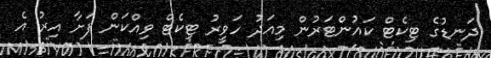
ދަނޑުގެ ޓިކެޓް ކައުންޓަރުން މިއަދު ހަވީރު ޓިކެޓް ވިއްކަން ފަށާ އިރު އެ